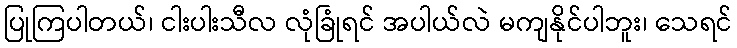
ပြုကြပါတယ်၊ ငါးပါးသီလ လုံခြုံရင် အပါယ်လဲ မကျနိုင်ပါဘူး၊ သေရင်